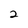
Character: 2